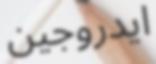
ايدروجين